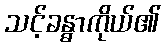
သင့်ခန္ဓာကိုယ်၏